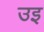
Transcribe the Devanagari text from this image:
उइ